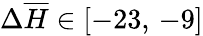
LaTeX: \Delta\overline{{H}}\in[-23,\, -9]